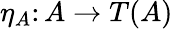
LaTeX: \eta_{A}\colon A\to T(A)